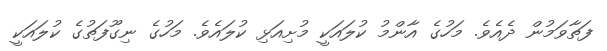
ފަތާވަމުން ދެއެވެ. މަހުގެ އާންމު ކުލައަކީ މުށިއަޅި ކުލައެވެ. މަހުގެ ނިގޫފަތުގެ ކުލައަކީ